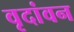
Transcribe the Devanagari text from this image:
वृदांवन